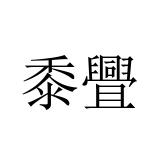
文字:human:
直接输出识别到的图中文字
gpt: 黍舋